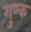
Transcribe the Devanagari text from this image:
गुण्क